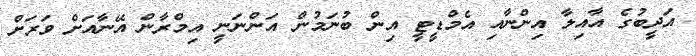
އަދީބުގެ އާއިލާ އިންނާއި އެމްޑީޓީ އިން ބުނަމުން އަންނަނީ އިމްރާން އޭނާއަށް ވަރަށް